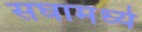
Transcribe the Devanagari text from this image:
सघामध्ये